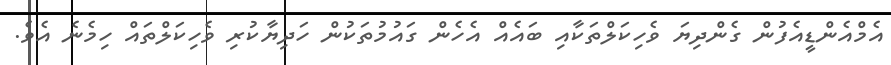
އެމްއެންޑީއެފުން ގެންދިޔަ ވެހިކަލްތަކާއި ބައެއް އެހެން ގައުމުތަކުން ހަދިޔާކުރި ވެހިކަލްތައް ހިމެނެ އެވެ.